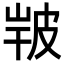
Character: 𤿣